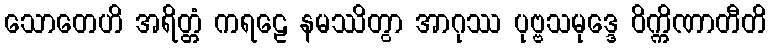
သောတေဟိ အရိတ္တံ ကရဠေ နမဿိတွာ အာဂုဿ ပုဗ္ဗသမုဒ္ဒေ ဝိက္ကိဏာတီတိ